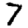
Digit: 7